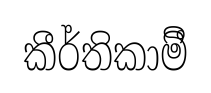
කීර්තිකාමීි